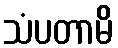
သံပတာမိ